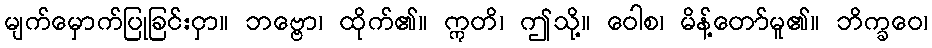
မျက်မှောက်ပြုခြင်းငှာ။ ဘဗ္ဗော၊ ထိုက်၏။ ဣတိ၊ ဤသို့။ ဝေါစ၊ မိန့်တော်မူ၏။ ဘိက္ခဝေ၊